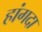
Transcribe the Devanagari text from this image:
हांगदा